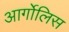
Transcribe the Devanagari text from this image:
आर्गोलिस